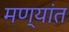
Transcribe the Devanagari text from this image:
मण्यांत